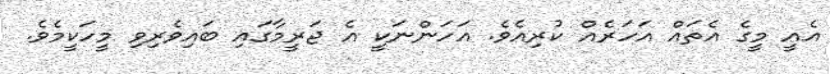
އެއީ މީގެ އެތައް އަހަރެއް ކުރިއެވެ. އަހަންނަކީ އެ ޖަރީމާގައި ބައިވެރިވި މީހަކީމެވެ.